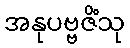
အနုပဗ္ဗဇိံသု